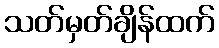
သတ်မှတ်ချိန်ထက်